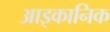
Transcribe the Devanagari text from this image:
आइकानिक